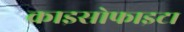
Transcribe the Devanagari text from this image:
क्राइसोफाइटा